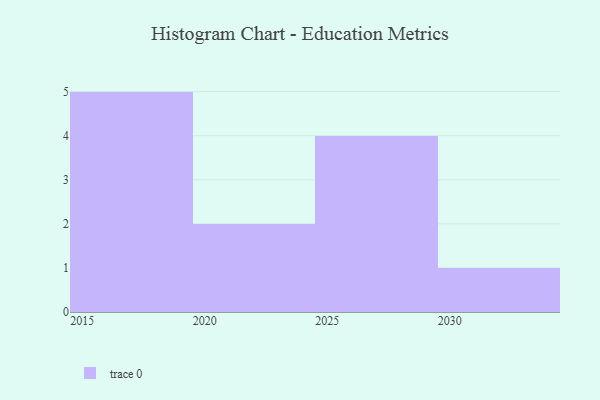
{"axis": {"x": "Year", "y": "Page Views"}, "legend": [""], "data": [{"x": "2015", "y": 87, "type": ""}, {"x": "2025", "y": 49, "type": ""}, {"x": "2027", "y": 72, "type": ""}, {"x": "2023", "y": 26, "type": ""}, {"x": "2018", "y": 68, "type": ""}, {"x": "2021", "y": 11, "type": ""}, {"x": "2019", "y": 76, "type": ""}, {"x": "2016", "y": 21, "type": ""}, {"x": "2028", "y": 56, "type": ""}, {"x": "2030", "y": 78, "type": ""}, {"x": "2017", "y": 36, "type": ""}, {"x": "2029", "y": 38, "type": ""}]}